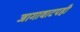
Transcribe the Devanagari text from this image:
जागावाटपही